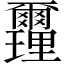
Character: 𨤻